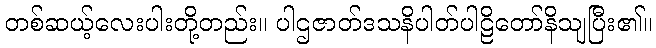
တစ်ဆယ့်လေးပါးတို့တည်း။ ပါဌဇာတ်ဒသနိပါတ်ပါဠိတော်နိသျပြီး၏။